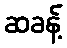
ဆခန့်